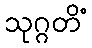
သုဂ္ဂတိံ